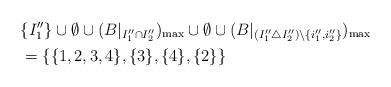
LaTeX: \begin{align*}&\{I''_1\} \cup \emptyset \cup (B|_{I''_1 \cap I''_2})_{\rm max} \cup \emptyset\cup(B|_{(I''_1 \triangle I''_2) \setminus \{i''_1, i''_2\}})_{\rm max}\\&=\{\{1, 2, 3, 4\}, \{3\}, \{4\}, \{2\}\}\end{align*}